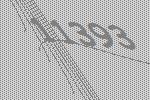
11393